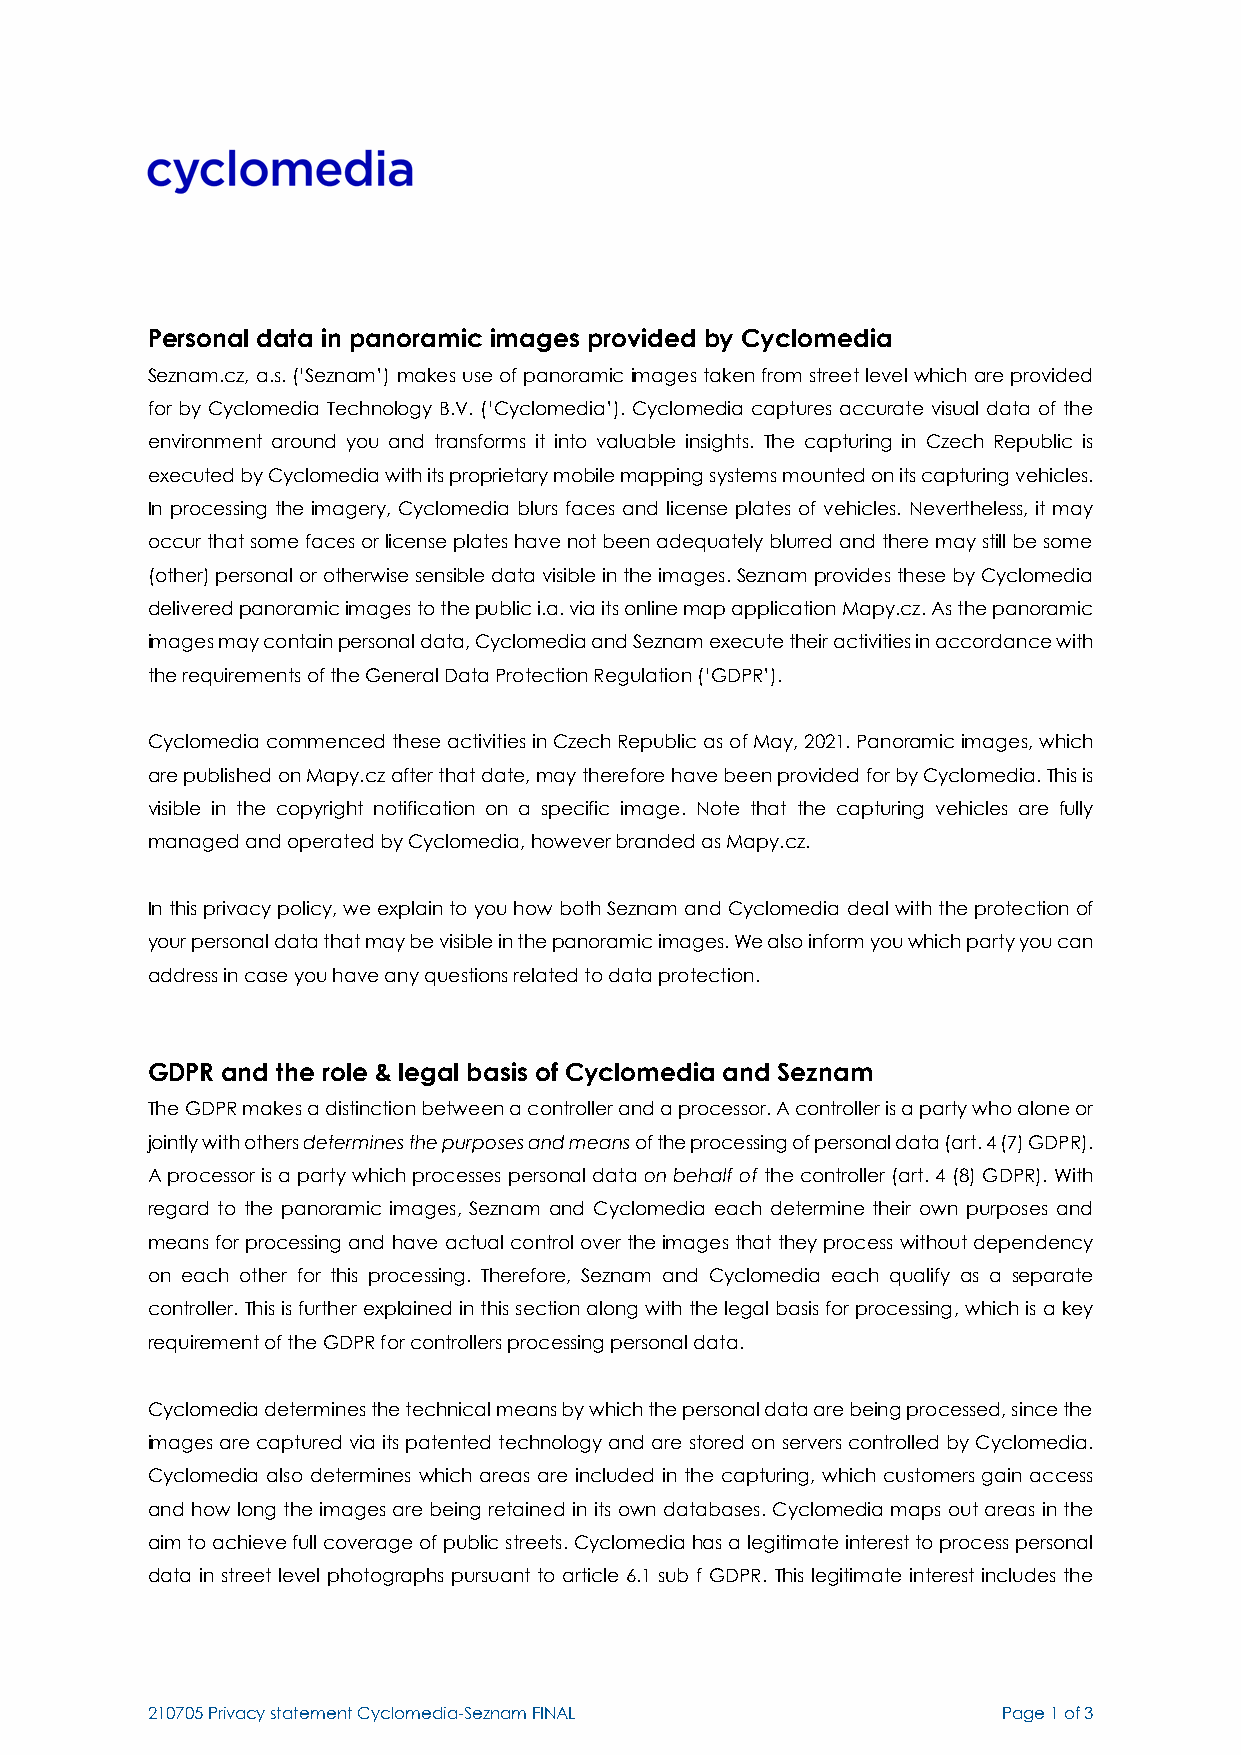
Personal data in panoramic images provided by Cyclomedia
 Seznam.cz, a.s. (‘Seznam’) makes use of panoramic images taken from street level which are provided
 for by Cyclomedia Technology B.V. (‘Cyclomedia’). Cyclomedia captures accurate visual data of the
 environment around you and transforms it into valuable insights. The capturing in Czech Republic is
 executed by Cyclomedia with its proprietary mobile mapping systems mounted on its capturing vehicles.
 In processing the imagery, Cyclomedia blurs faces and license plates of vehicles. Nevertheless, it may
 occur that some faces or license plates have not been adequately blurred and there may still be some
 (other) personal or otherwise sensible data visible in the images. Seznam provides these by Cyclomedia
 delivered panoramic images to the public i.a. via its online map application Mapy.cz. As the panoramic
 images may contain personal data, Cyclomedia and Seznam execute their activities in accordance with
 the requirements of the General Data Protection Regulation (‘GDPR’).
 Cyclomedia commenced these activities in Czech Republic as of May, 2021. Panoramic images, which
 are published on Mapy.cz after that date, may therefore have been provided for by Cyclomedia. This is
 visible in the copyright notification on a specific image. Note that the capturing vehicles are fully
 managed and operated by Cyclomedia, however branded as Mapy.cz.
 In this privacy policy, we explain to you how both Seznam and Cyclomedia deal with the protection of
 your personal data that may be visible in the panoramic images. We also inform you which party you can
 address in case you have any questions related to data protection.
 GDPR and the role & legal basis of Cyclomedia and Seznam
 The GDPR makes a distinction between a controller and a processor. A controller is a party who alone or
 jointly with others determines the purposes and means of the processing of personal data (art. 4 (7) GDPR).
 A processor is a party which processes personal data on behalf of the controller (art. 4 (8) GDPR). With
 regard to the panoramic images, Seznam and Cyclomedia each determine their own purposes and
 means for processing and have actual control over the images that they process without dependency
 on each other for this processing. Therefore, Seznam and Cyclomedia each qualify as a separate
 controller. This is further explained in this section along with the legal basis for processing, which is a key
 requirement of the GDPR for controllers processing personal data.
 Cyclomedia determines the technical means by which the personal data are being processed, since the
 images are captured via its patented technology and are stored on servers controlled by Cyclomedia.
 Cyclomedia also determines which areas are included in the capturing, which customers gain access
 and how long the images are being retained in its own databases. Cyclomedia maps out areas in the
 aim to achieve full coverage of public streets. Cyclomedia has a legitimate interest to process personal
 data in street level photographs pursuant to article 6.1 sub f GDPR. This legitimate interest includes the
 210705 Privacy statement Cyclomedia-Seznam FINAL        Page 1 of 3